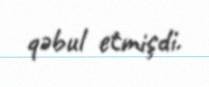
qəbul etmişdi.